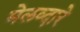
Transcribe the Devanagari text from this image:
मेलव्दारे